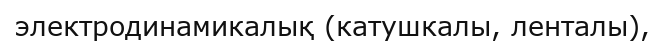
электродинамикалық (катушкалы, ленталы),